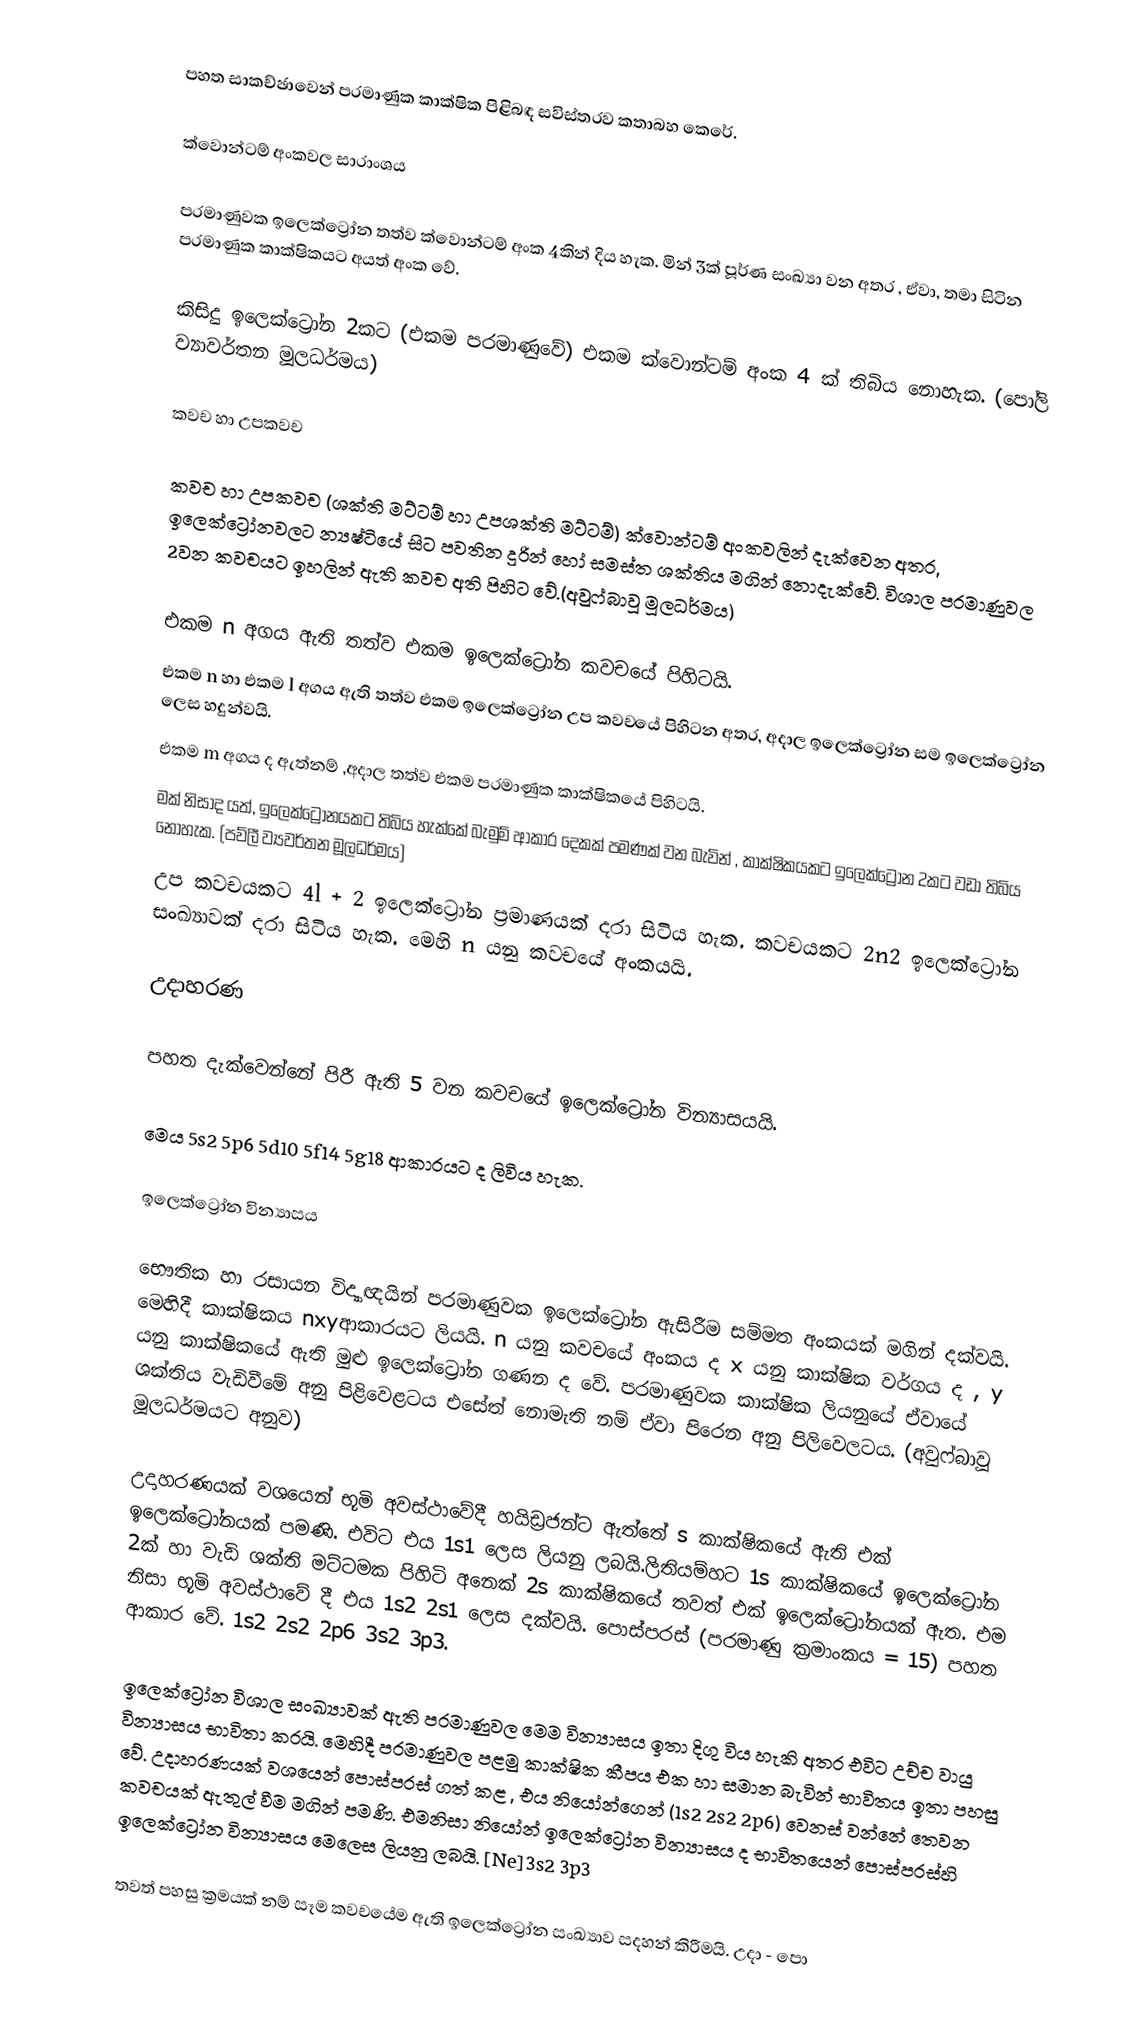
පහත සාකච්ඡාවෙන් පරමාණුක කාක්ෂික පිළිබඳ සවිස්තරව කතාබහ කෙරේ.

ක්වොන්ටම් අංකවල සාරාංශය

පරමාණුවක ඉලෙක්ට්‍රෝන තත්ව ක්වොන්ටම් අංක 4කින් දිය හැක. මින් 3ක් පූර්ණ සංඛ්‍යා වන අතර , ඒවා, තමා සිටින පරමාණුක කාක්ෂිකයට අයත් අංක වේ.

කිසිදු ඉලෙක්ට්‍රෝන 2කට (එකම පරමාණුවේ) එකම ක්වොන්ටම් අංක 4 ක් තිබිය නොහැක. (පෝලි ව්‍යාවර්තන මූලධර්මය)

කවච හා උපකවච

කවච හා උපකවච (ශක්ති මට්ටම් හා උපශක්ති මට්ටම්) ක්වොන්ටම් අංකවලින් දැක්වෙන අතර, ඉලෙක්ට්‍රෝනවලට න්‍යෂ්ටියේ සිට පවතින දුරින් හෝ සමස්ත ශක්තිය මගින් නොදැක්වේ. විශාල පරමාණුවල 2වන කවචයට ඉහලින් ඇති කවච  අති පිහිට වේ.(අවුෆ්බාවූ මූලධර්මය)

එකම n අගය ඇති තත්ව එකම ඉලෙක්ට්‍රෝන කවචයේ පිහිටයි.
එකම n හා එකම l  අගය ඇති තත්ව එකම ඉලෙක්ට්‍රෝන උප කවචයේ පිහිටන අතර, අදාල ඉලෙක්ට්‍රෝන සම ඉලෙක්ට්‍රෝන‍ ලෙස හදුන්වයි.
එකම m අගය ද ඇත්නම් ,අදාල තත්ව එකම පරමාණුක කාක්ෂිකයේ පිහිටයි.
මක් නිසාද යත්, ඉලෙක්ට්‍රෝනයකට තිබිය හැක්කේ බැමුම් ආකාර දෙකක් පමණක් වන බැවින් , කාක්ෂිකයකට ‍ඉලෙක්ට්‍රෝන 2කට වඩා තිබිය නොහැක. (පව්ලී ව්‍යවර්තන මූලධර්මය)
උප කවචයකට 4l + 2  ඉලෙක්ට්‍රෝන ප්‍රමාණයක් දරා සිටිය හැක. කවචයකට 2n2  ඉලෙක්ට්‍රෝන සංඛ්‍යාවක් දරා සිටිය හැක. මෙහි n  යනු කවචයේ අංකයයි.

උදාහරණ

පහත දැක්වෙන්නේ පිරී ඇති 5 වන කවචයේ ඉලෙක්ට්‍රෝන වින්‍යාසයයි.

මෙය 5s2 5p6 5d10 5f14 5g18  ආකාරයට ද ලිවිය හැක.

ඉලෙක්ට්‍රෝන වින්‍යාසය

භෞතික හා රසායන විද්‍යාඥයින් පරමාණුවක ඉලෙක්ට්‍රෝන ඇසිරීම සම්මත අංකයක් මගින් දක්වයි. මෙහිදී කාක්ෂිකය nxyආකාරයට ලියයි. n යනු කවචයේ අංකය ද x යනු කාක්ෂික වර්ගය ද , y යනු කාක්ෂිකයේ ඇති මුළු ඉලෙක්ට්‍රෝන ගණන ද වේ. පරමාණුවක කාක්ෂික ලියනුයේ ඒවායේ ශක්තිය වැඩි‍වීමේ අනු පිළිවෙළටය එසේත් නොමැති නම් ඒවා පිරෙන අනු පිලිවෙලටය. (අවුෆ්බාවූ මූලධර්මයට අනුව)

උදාහරණයක් වශයෙන් භූමි අවස්ථාවේදී හයිඩ්‍රජන්ට ඇත්තේ s කාක්ෂිකයේ ඇති එක් ඉලෙක්ට්‍රෝනයක් පමණි. එවිට එය 1s1 ලෙස ලියනු ලබයි.ලිතියම්හට 1s කාක්ෂිකයේ ඉලෙක්ට්‍රෝන 2ක් හා වැඩි ශක්ති මට්ටමක පිහිටි අනෙක් 2s කාක්ෂිකයේ තවත් එක් ඉලෙක්ට්‍රෝනයක් ඇත. එම නිසා භූමි අවස්ථාවේ දී එය 1s2 2s1  ලෙස දක්වයි. පොස්පරස් (පරමාණු ක්‍රමාංකය =  15) පහත ආකාර ‍වේ. 1s2 2s2 2p6 3s2 3p3.

ඉලෙක්ට්‍රෝන විශාල සංඛ්‍යාවක් ඇති පරමාණුවල මෙම වින්‍යාසය ඉතා දිගු විය හැකි අතර එවිට උච්ච වායු වින්‍යාසය භාවිතා කරයි. මෙහිදී පරමාණුවල පළමු කාක්ෂික කීපය එක හා සමාන බැවින් භාවිතය ඉතා පහසු වේ. උදාහරණයක් වශයෙන් පොස්පරස් ගත් කළ , එය නියෝන්ගෙන්  (1s2 2s2 2p6) වෙනස් වන්නේ තෙවන කවචයක් ඇතුල් වීම මගින් පමණි. එමනිසා නියෝන් ඉලෙක්ට්‍රෝන වින්‍යාසය ද භාවිතයෙන් පොස්පරස්හි ඉලෙක්ට්‍රෝන වින්‍යාසය මෙලෙස ලියනු ලබයි. [Ne]3s2 3p3

තවත් පහසු ක්‍රමයක් නම් සෑම කවචයේම ඇති ඉලෙක්ට්‍රෝන සංඛ්‍යාව සදහන් කිරීමයි. උදා - පො